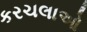
કરચલાઓ